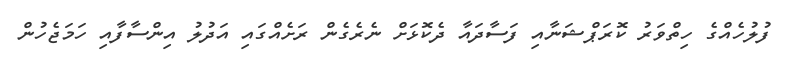
ފުލުހެއްގެ ހިތްވަރު ކޮރަޕްޝަނާއި ފަސާދައާ ދެކޮޅަށް ނެރެގެން ރަށެއްގައި އަދުލު އިންސާފާއި ހަމަޖެހުން